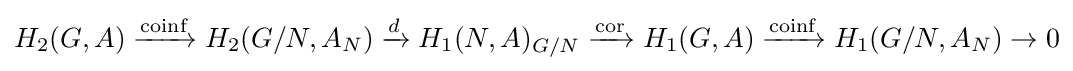
H_{2}(G,A)\xrightarrow {\text{coinf}} H_{2}(G/N,A_{N})\xrightarrow {d} H_{1}(N,A)_{G/N}\xrightarrow {\text{cor}} H_{1}(G,A)\xrightarrow {\text{coinf}} H_{1}(G/N,A_{N})\to 0